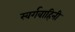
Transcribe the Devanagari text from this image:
स्वर्गवाहिनी